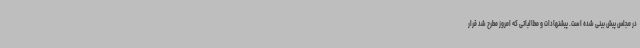
در مجلس پیش بینی شده است. پیشنهادات و مطالباتی که امروز مطرح شد قرار